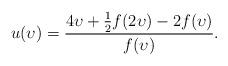
LaTeX: \begin{align*}u(\upsilon) = \frac{4\upsilon + \frac 12 f(2\upsilon)-2f(\upsilon)}{f(\upsilon)}.\end{align*}